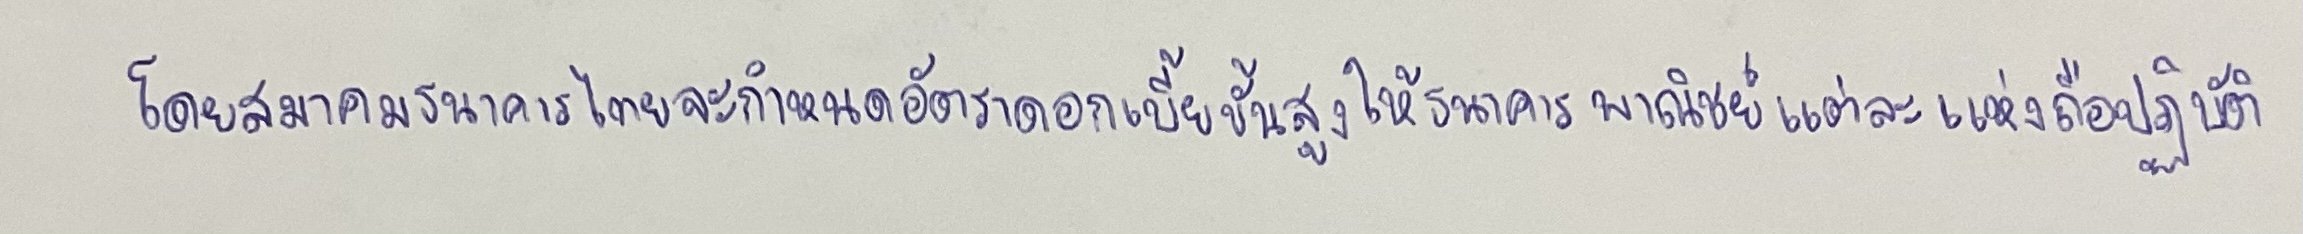
โดยสมาคมธนาคารไทยจะกำหนดอัตราดอกเบี้ยขั้นสูงให้ธนาคารพาณิชย์แต่ละแห่งถือปฏิบัติ